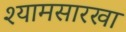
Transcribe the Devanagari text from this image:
श्यामसारखा